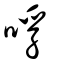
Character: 哹